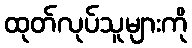
ထုတ်လုပ်သူများကို